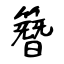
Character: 簪